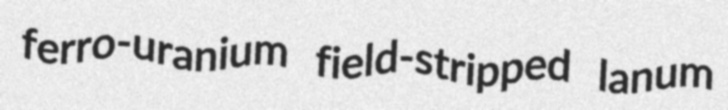
ferro-uranium field-stripped lanum